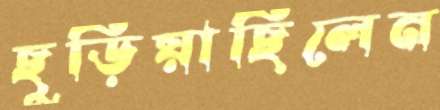
ছুড়িয়াছিলেন